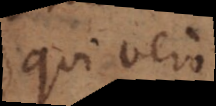
Qui vero